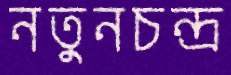
নতুনচন্দ্র